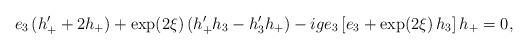
LaTeX: \begin{align*}e_3\,(h'_+ +2h_+) +\exp(2\xi)\,(h'_+h_3 -h'_3h_+)-ige_3\,[e_3+\exp(2\xi)\,h_3]\,h_+ =0,\end{align*}